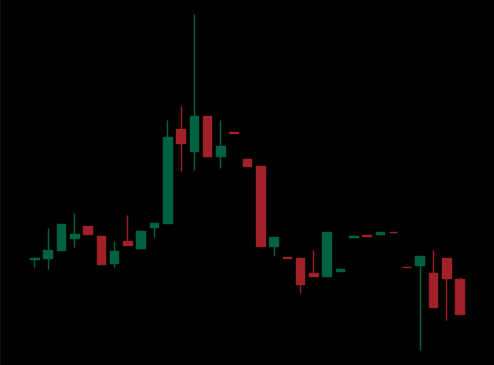
Pattern: head_shoulders